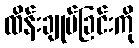
ထိန်းချုပ်ခြင်းကို